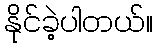
နိုင်ခဲ့ပါတယ်။